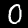
Label: 0